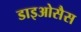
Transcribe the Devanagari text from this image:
डाइओसैस